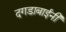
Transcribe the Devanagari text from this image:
दगडाबाईनी